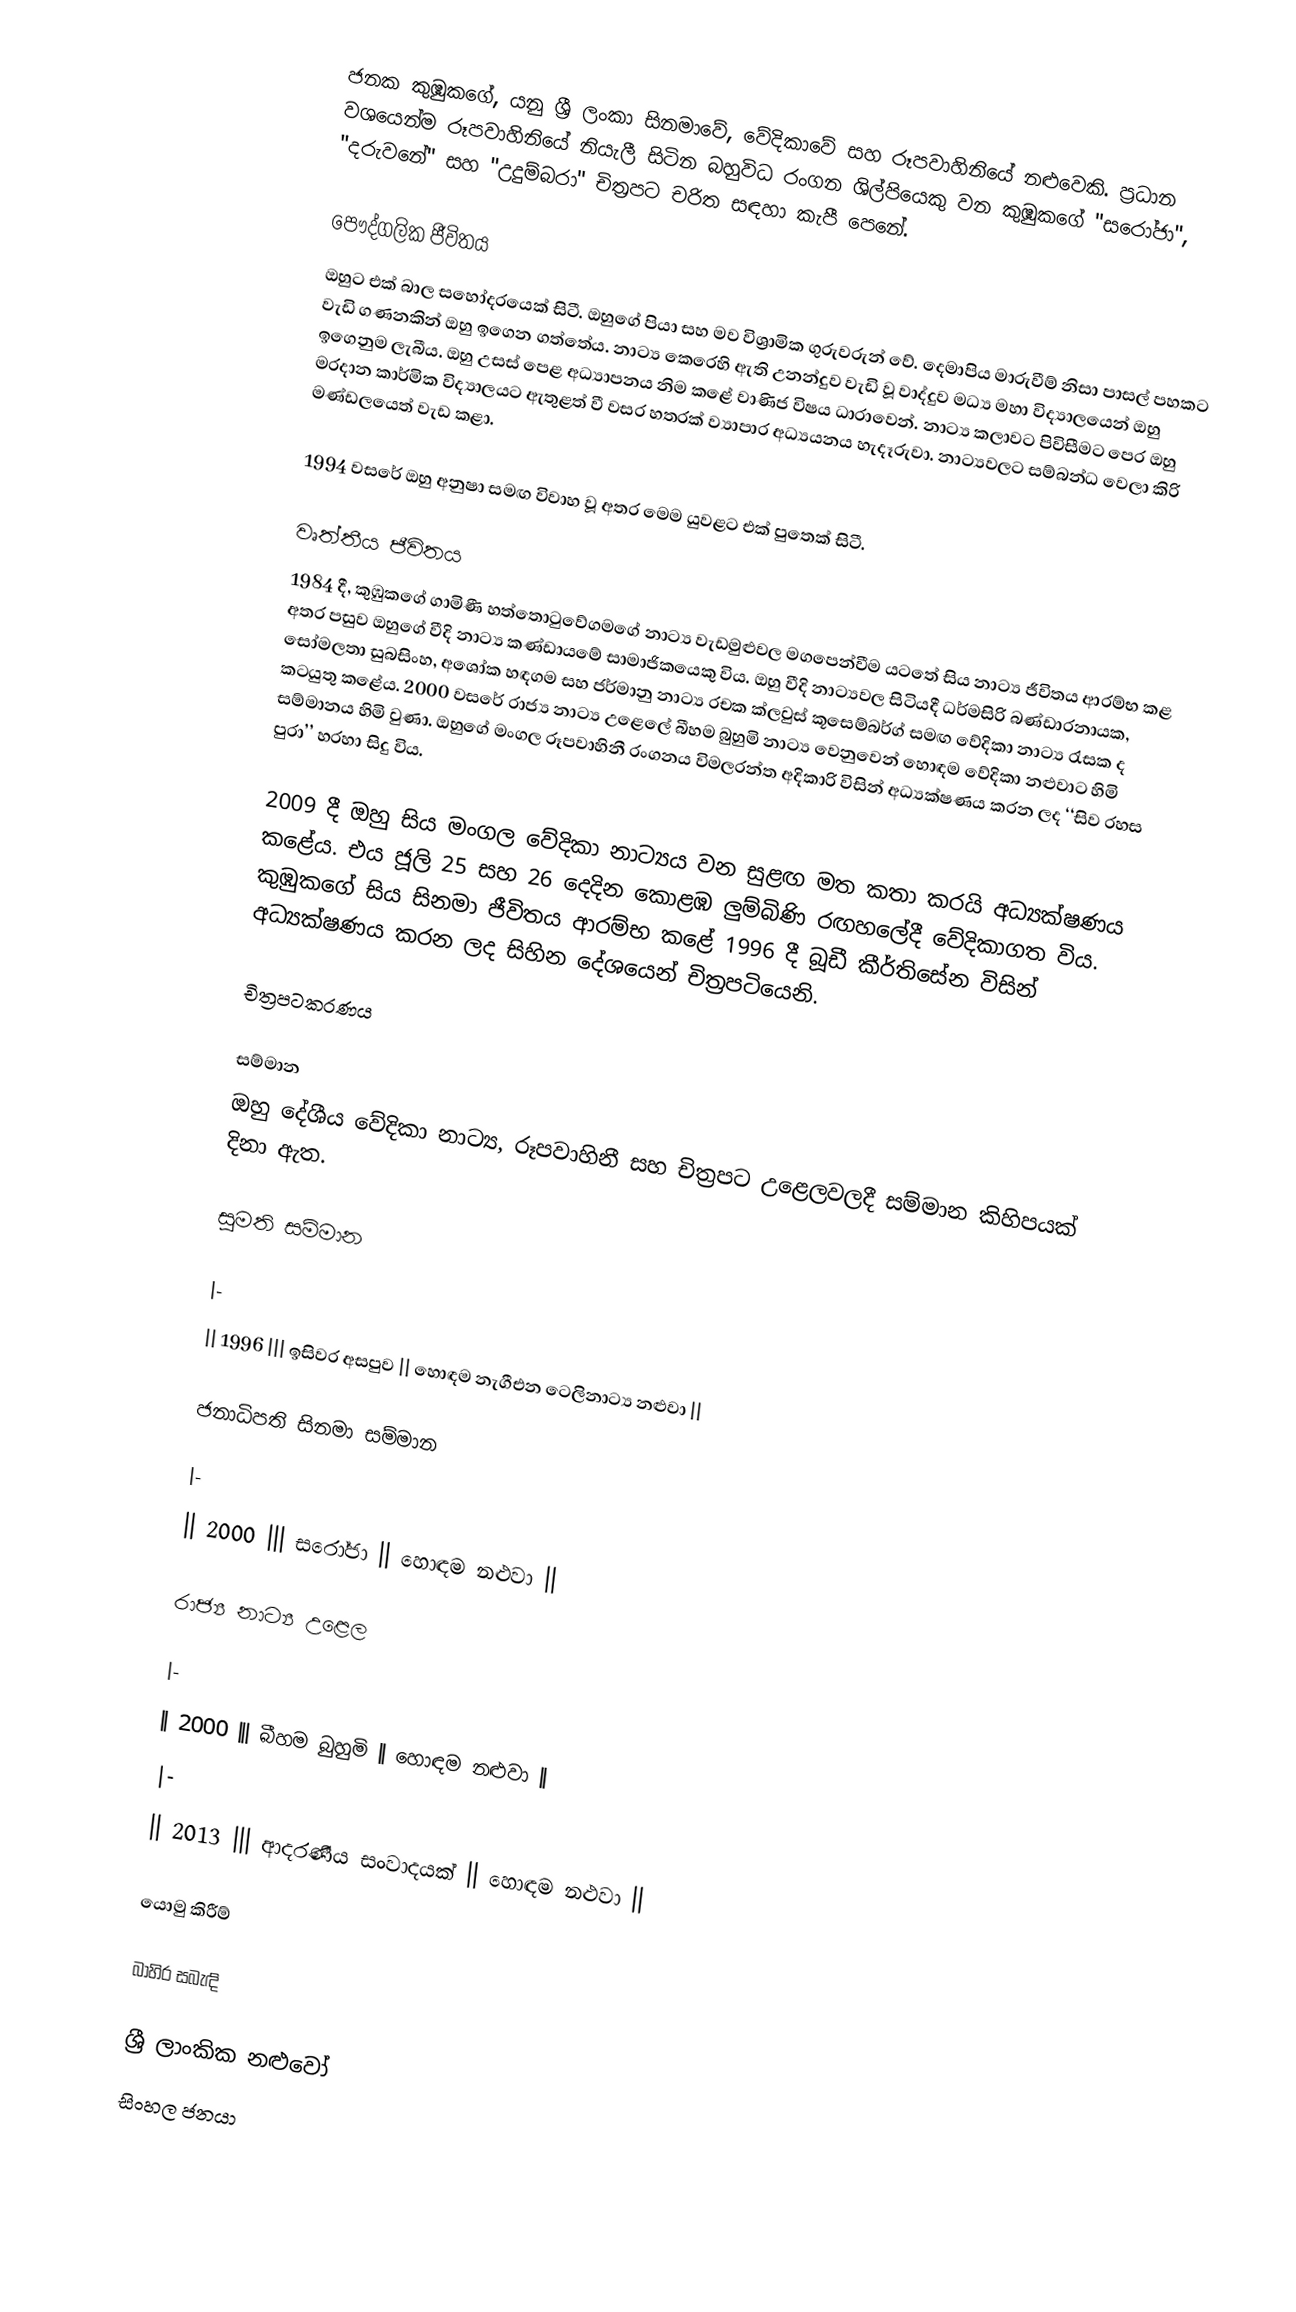
ජනක කුඹුකගේ, යනු ශ්‍රී ලංකා සිනමාවේ, වේදිකාවේ සහ රූපවාහිනියේ නළුවෙකි. ප්‍රධාන වශයෙන්ම රූපවාහිනියේ නියැලී සිටින බහුවිධ රංගන ශිල්පියෙකු වන කුඹුකගේ "සරෝජා", "දරුවනේ" සහ "උදුම්බරා" චිත්‍රපට චරිත සඳහා කැපී පෙනේ.

පෞද්ගලික ජීවිතය
ඔහුට එක් බාල සහෝදරයෙක් සිටී. ඔහුගේ පියා සහ මව විශ්‍රාමික ගුරුවරුන් වේ. දෙමාපිය මාරුවීම් නිසා පාසල් පහකට වැඩි ගණනකින් ඔහු ඉගෙන ගත්තේය. නාට්‍ය කෙරෙහි ඇති උනන්දුව වැඩි වූ වාද්දුව මධ්‍ය මහා විද්‍යාලයෙන් ඔහු ඉගෙනුම ලැබීය. ඔහු උසස් පෙළ අධ්‍යාපනය නිම කළේ වාණිජ විෂය ධාරාවෙන්. නාට්‍ය කලාවට පිවිසීමට පෙර ඔහු මරදාන කාර්මික විද්‍යාලයට ඇතුළත් වී වසර හතරක් ව්‍යාපාර අධ්‍යයනය හැදෑරුවා. නාට්‍යවලට සම්බන්ධ වෙලා කිරි මණ්ඩලයෙත් වැඩ කළා.

1994 වසරේ ඔහු අනුෂා සමඟ විවාහ වූ අතර මෙම යුවළට එක් පුතෙක් සිටී.

වෘත්තීය ජීවිතය
1984 දී, කුඹුකගේ ගාමිණී හත්තොටුවේගමගේ නාට්‍ය වැඩමුළුවල මගපෙන්වීම යටතේ සිය නාට්‍ය ජීවිතය ආරම්භ කළ අතර පසුව ඔහුගේ වීදි නාට්‍ය කණ්ඩායමේ සාමාජිකයෙකු විය. ඔහු වීදි නාට්‍යවල සිටියදී ධර්මසිරි බණ්ඩාරනායක, සෝමලතා සුබසිංහ, අශෝක හඳගම සහ ජර්මානු නාට්‍ය රචක ක්ලවුස් කූසෙම්බර්ග් සමඟ වේදිකා නාට්‍ය රැසක ද කටයුතු කළේය. 2000 වසරේ රාජ්‍ය නාට්‍ය උළෙලේ බීහම බුහුමි නාට්‍ය වෙනුවෙන් හොඳම වේදිකා නළුවාට හිමි සම්මානය හිමි වුණා. ඔහුගේ මංගල රූපවාහිනී රංගනය විමලරන්ත අදිකාරි විසින් අධ්‍යක්ෂණය කරන ලද ‘‘සිව රහස පුරා’’ හරහා සිදු විය.

2009 දී ඔහු සිය මංගල වේදිකා නාට්‍යය වන සුළඟ මත කතා කරයි අධ්‍යක්ෂණය කළේය. එය ජූලි 25 සහ 26 දෙදින කොළඹ ලුම්බිණි රඟහලේදී වේදිකාගත විය. කුඹුකගේ සිය සිනමා ජීවිතය ආරම්භ කළේ 1996 දී බූඩී කීර්තිසේන විසින් අධ්‍යක්ෂණය කරන ලද සිහින දේශයෙන් චිත්‍රපටියෙනි.

චිත්‍රපටකරණය

සම්මාන
ඔහු දේශීය වේදිකා නාට්‍ය, රූපවාහිනී සහ චිත්‍රපට උළෙලවලදී සම්මාන කිහිපයක් දිනා ඇත.

සුමති සම්මාන

|-
|| 1996 ||| ඉසිවර අසපුව || හොඳම නැගීඑන ටෙලිනාට්‍ය නළුවා ||

ජනාධිපති සිනමා සම්මාන

|-
|| 2000 ||| සරෝජා || හොඳම නළුවා ||

රාජ්‍ය නාට්‍ය උළෙල

|-
|| 2000 ||| බීහම බුහුමි || හොඳම නළුවා ||
|-
|| 2013 ||| ආදරණීය සංවාදයක් || හොඳම නළුවා ||

යොමු කිරීම්

බාහිර සබැඳි

ශ්‍රී ලාංකික නළුවෝ
සිංහල ජනයා